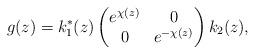
LaTeX: \begin{gather*}g(z)=k_1^*(z)\left(\begin{matrix} e^{\chi(z)}&0\\0&e^{-\chi(z)}\end{matrix}\right)k_2(z),\end{gather*}